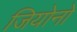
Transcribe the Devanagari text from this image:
जियोनो